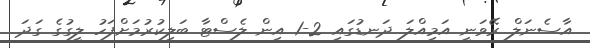
އާސެނަލް ރޭވަނީ އަމިއްލަ ދަނޑުގައި 2-1 އިން ލެސްޓާ ބަލިކުރުމަށްފަހު ލީގުގެ ގަދަ